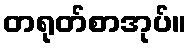
တရုတ်စာအုပ်။